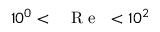
1 0 ^ { 0 } < \mathrm { ~ \textit ~ { ~ R ~ e ~ } ~ } < 1 0 ^ { 2 }